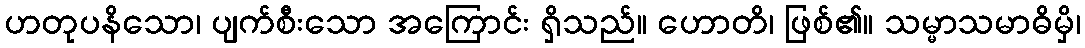
ဟတုပနိသော၊ ပျက်စီးသော အကြောင်း ရှိသည်။ ဟောတိ၊ ဖြစ်၏။ သမ္မာသမာဓိမှိ၊